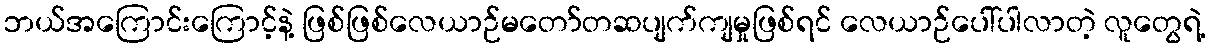
ဘယ်အကြောင်းကြောင့်နဲ့ ဖြစ်ဖြစ်လေယာဉ်မတော်တဆပျက်ကျမှုဖြစ်ရင် လေယာဉ်ပေါ်ပါလာတဲ့ လူတွေရဲ့